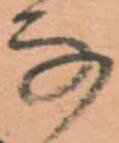
な